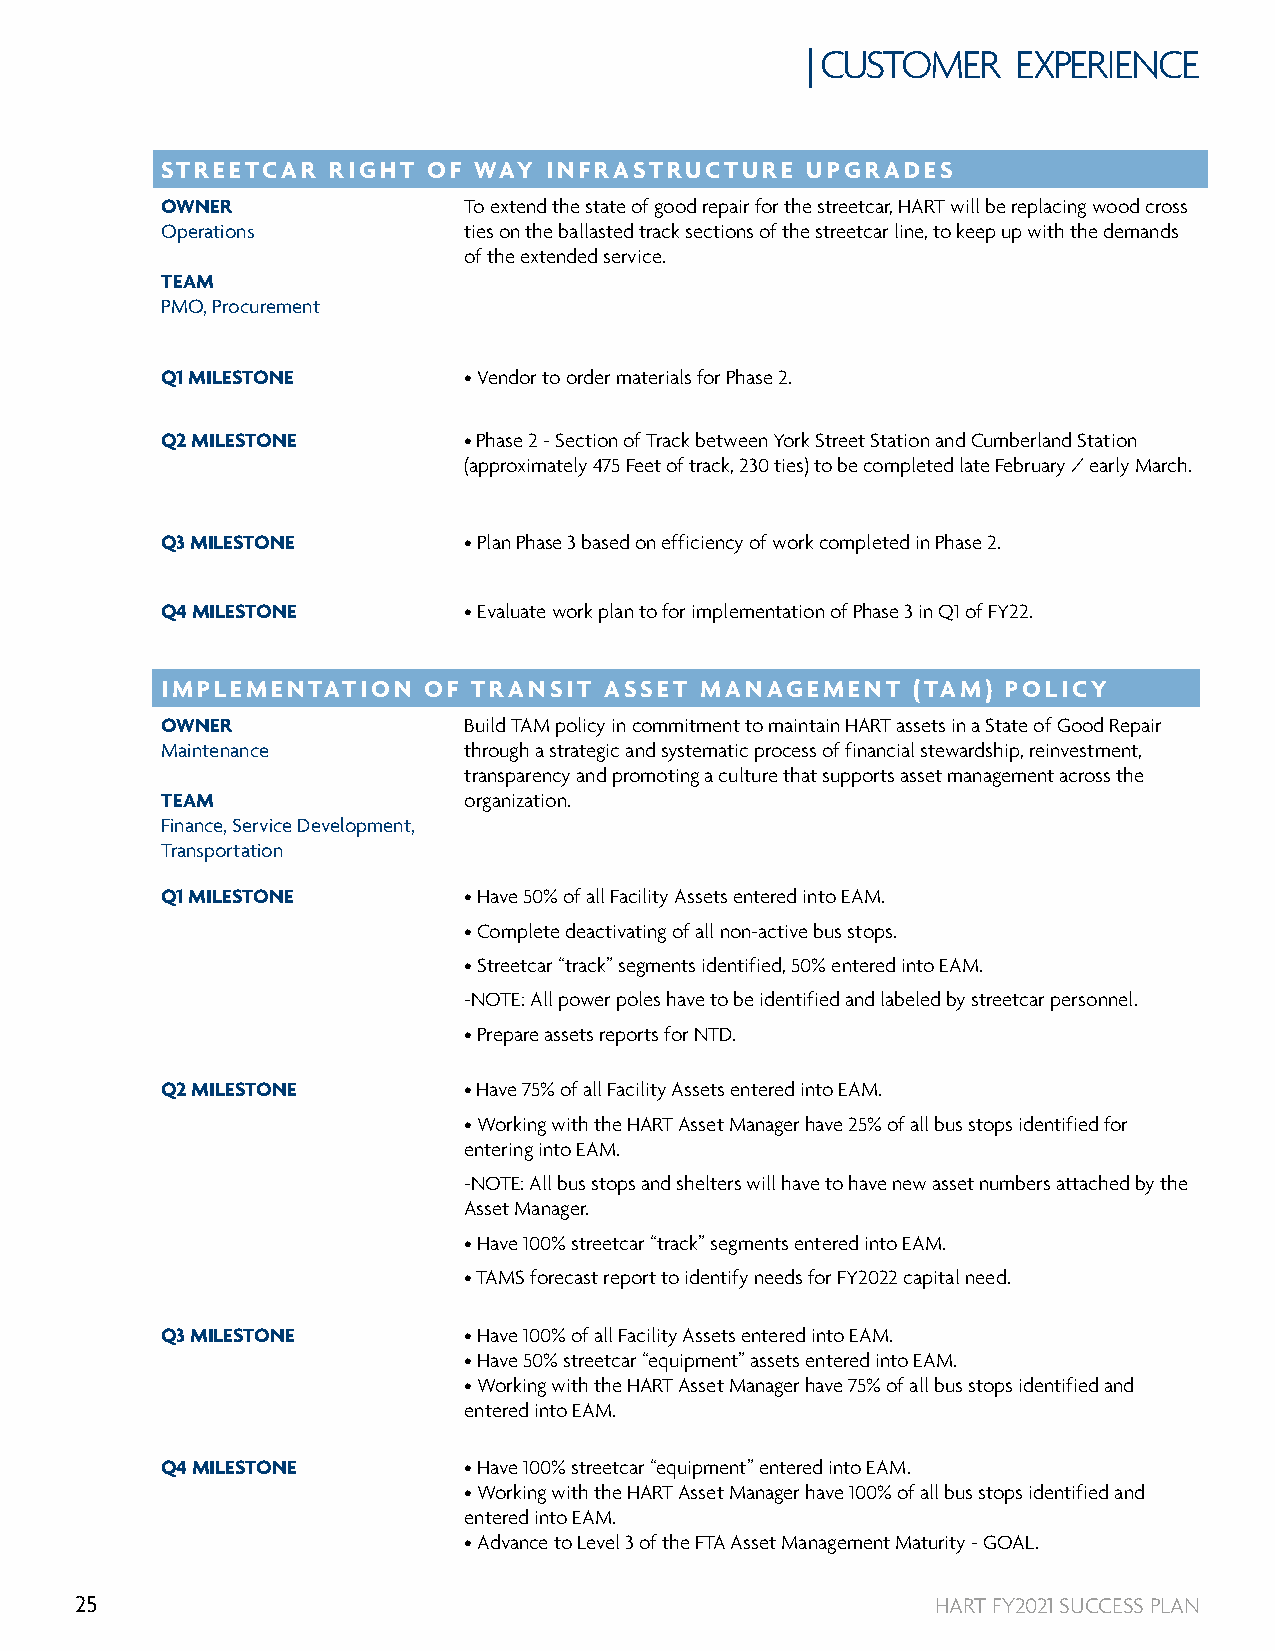
| CUSTOMER    EXPERIENCE
 STREETCAR  RIGHT OF WAY  INFRASTRUCTURE   UPGRADES
 OWNER               To extend the state of good repair for the streetcar, HART will be replacing wood cross
 Operations          ties on the ballasted track sections of the streetcar line, to keep up with the demands
 of the extended service.
 TEAM
 PMO, Procurement
 Q1 MILESTONE        • Vendor to order materials for Phase 2.
 Q2 MILESTONE        • Phase 2 - Section of Track between York Street Station and Cumberland Station
 (approximately 475 Feet of track, 230 ties) to be completed late February / early March.
 Q3 MILESTONE        • Plan Phase 3 based on efficiency of work completed in Phase 2.
 Q4 MILESTONE        • Evaluate work plan to for implementation of Phase 3 in Q1 of FY22.
 IMPLEMENTATION   OF TRANSIT  ASSET MANAGEMENT    (TAM)  POLICY
 OWNER               Build TAM policy in commitment to maintain HART assets in a State of Good Repair
 Maintenance         through a strategic and systematic process of financial stewardship, reinvestment,
 transparency and promoting a culture that supports asset management across the
 TEAM                organization.
 Finance, Service Development,
 Transportation
 Q1 MILESTONE        • Have 50% of all Facility Assets entered into EAM.
 • Complete deactivating of all non-active bus stops.
 • Streetcar “track” segments identified, 50% entered into EAM.
 -NOTE: All power poles have to be identified and labeled by streetcar personnel.
 • Prepare assets reports for NTD.
 Q2 MILESTONE        • Have 75% of all Facility Assets entered into EAM.
 • Working with the HART Asset Manager have 25% of all bus stops identified for
 entering into EAM.
 -NOTE: All bus stops and shelters will have to have new asset numbers attached by the
 Asset Manager.
 • Have 100% streetcar “track” segments entered into EAM.
 • TAMS forecast report to identify needs for FY2022 capital need.
 Q3 MILESTONE        • Have 100% of all Facility Assets entered into EAM.
 • Have 50% streetcar “equipment” assets entered into EAM.
 • Working with the HART Asset Manager have 75% of all bus stops identified and
 entered into EAM.
 Q4 MILESTONE        • Have 100% streetcar “equipment” entered into EAM.
 • Working with the HART Asset Manager have 100% of all bus stops identified and
 entered into EAM.
 • Advance to Level 3 of the FTA Asset Management Maturity - GOAL.
 25                                                       HART FY2021 SUCCESS PLAN